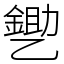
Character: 㐥